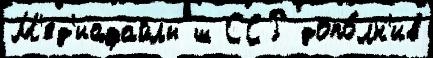
М'ед'иафайлы ш ССР допо́лн'ив